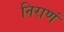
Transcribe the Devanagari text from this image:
निराणं